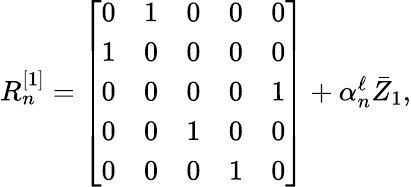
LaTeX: \begin{array}{r}{R_{n}^{[1]}=\left[\begin{array}{lllll}{0}&{1}&{0}&{0}&{0}\\ {1}&{0}&{0}&{0}&{0}\\ {0}&{0}&{0}&{0}&{1}\\ {0}&{0}&{1}&{0}&{0}\\ {0}&{0}&{0}&{1}&{0}\end{array}\right]+\alpha_{n}^{\ell}\bar{Z}_{1},}\end{array}